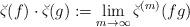
LaTeX: \begin{align*}\breve{\varsigma}(f)\cdot\breve{\varsigma}(g):=\lim_{m\to\infty}\breve{\varsigma}^{(m)}(fg)\end{align*}